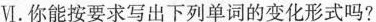
Ⅵ. 你能按要求写出下列单词的变化形式吗?